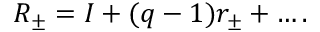
R _ { \pm } = I + ( q - 1 ) r _ { \pm } + \dots .